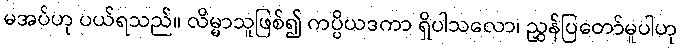
မအပ်ဟု ပယ်ရသည်။ လိမ္မာသူဖြစ်၍ ကပ္ပိယဒကာ ရှိပါသလော၊ ညွှန်ပြတော်မူပါဟု